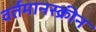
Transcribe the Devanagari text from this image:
वर्तमानस्क्रीन